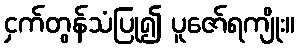
ငှက်တွန်သံပြု၍ ပူဇော်ရကျိုး။